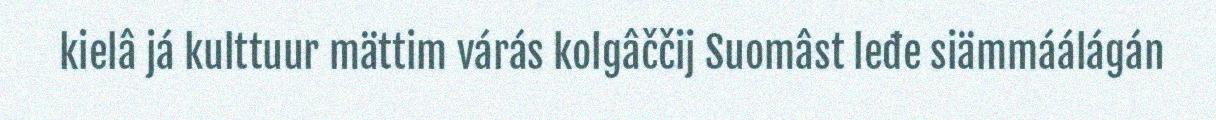
kielâ já kulttuur mättim várás kolgâččij Suomâst leđe siämmáálágán